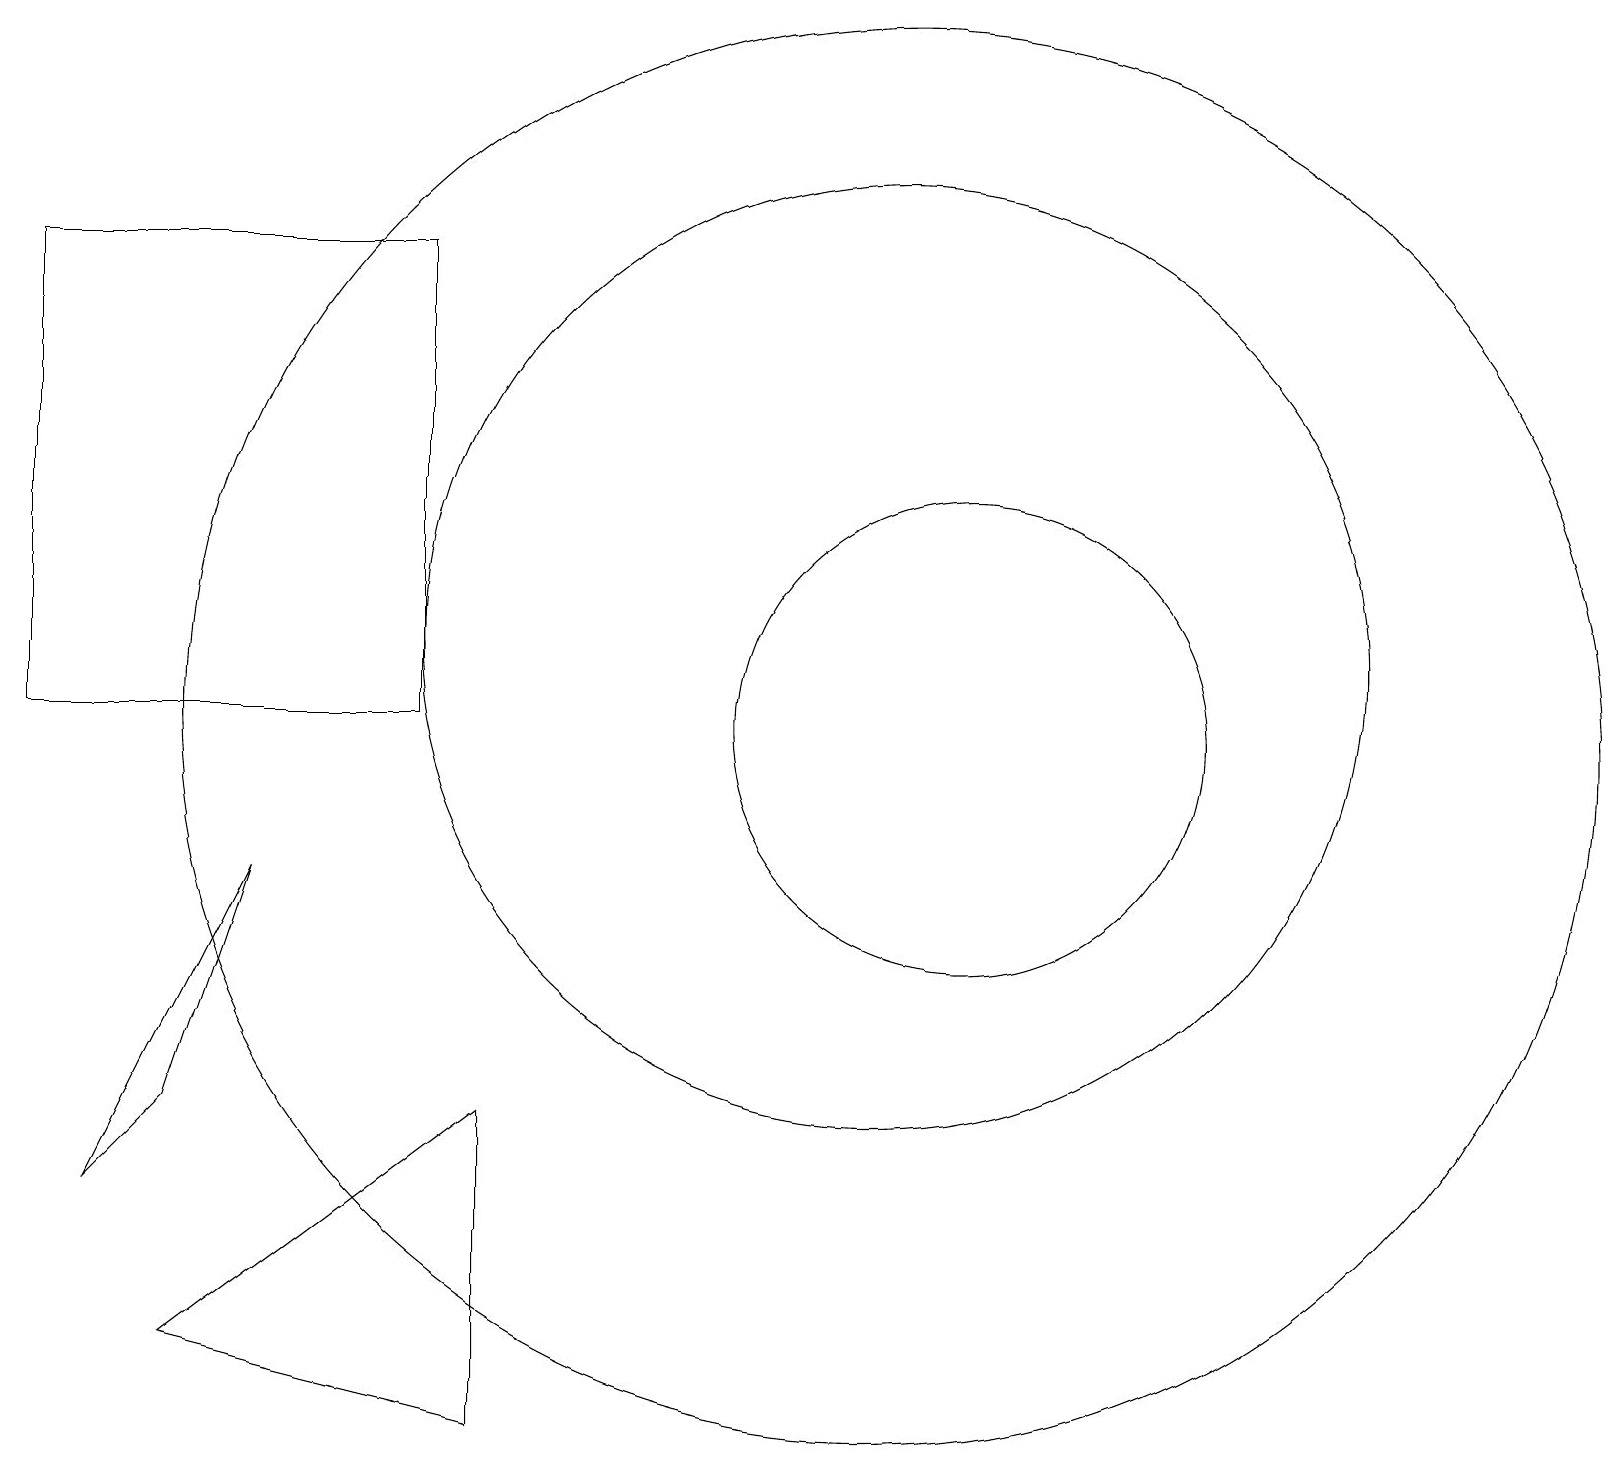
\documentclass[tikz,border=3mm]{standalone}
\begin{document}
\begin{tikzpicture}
\draw (11,10) circle (9);
\draw (6,5) -- (2,2) -- (6,1) -- cycle;
\draw (12,10) circle (3);
\draw (11,11) circle (6);
\draw (3,8) -- (2,5) -- (1,4) -- cycle;
\draw (5,16) rectangle (0,10);
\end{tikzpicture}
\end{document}